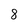
Character: 8